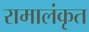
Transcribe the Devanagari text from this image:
रामालंकृत